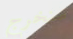
سنخرج